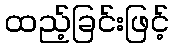
ထည့်ခြင်းဖြင့်